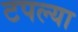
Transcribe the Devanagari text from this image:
टपल्या